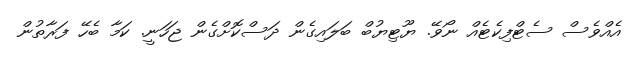
އެއްވެސް ސެޓްފިކެޓެއް ނޯވޭ. ޔޫޓިޔުބް ބަލައިގެން ދަސްކޮށްގެން ޖަހަނީ. ކަމާ ބެހޭ ފަރާތުން